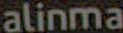
alinma